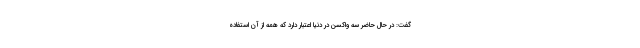
گفت: در حال حاضر سه واکسن در دنیا اعتبار دارد که همه از آن استفاده